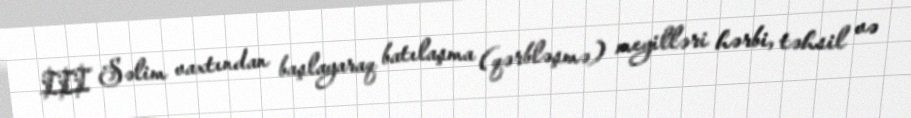
III Səlim vaxtından başlayaraq batılaşma (qərbləşmə) meyilləri hərbi, təhsil və